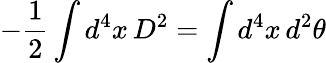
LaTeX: -\frac{1}{2}\int d^{4}x\, D^{2}=\int d^{4}x\, d^{2}\theta